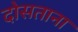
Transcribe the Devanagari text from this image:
दोसताना